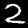
Label: 2